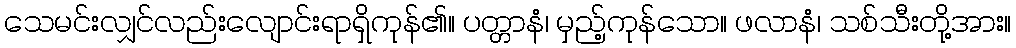
သေမင်းလျှင်လည်းလျောင်းရာရှိကုန်၏။ ပတ္တာနံ၊ မှည့်ကုန်သော။ ဖလာနံ၊ သစ်သီးတို့အား။